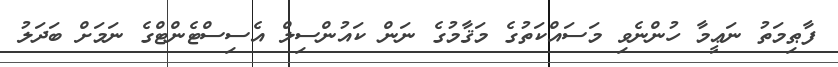
ފާޠިމަތު ނަޢީމާ ހުންނެވި މަސައްކަތުގެ މަޤާމުގެ ނަން ކައުންސިލް އެސިސްޓެންޓްގެ ނަމަށް ބަދަލު